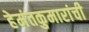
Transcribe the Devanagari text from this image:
हेमंतकुमारांची